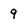
Character: 9